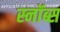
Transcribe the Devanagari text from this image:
स्नॉब्स